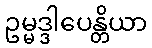
ဥမ္မဒ္ဒါပေန္တိယာ